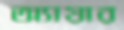
অ্যায়ার